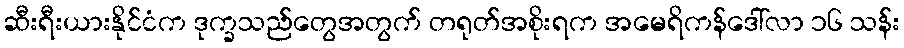
ဆီးရီးယားနိုင်ငံက ဒုက္ခသည်တွေအတွက် တရုတ်အစိုးရက အမေရိကန်ဒေါ်လာ ၁၆ သန်း